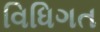
વિધિગત